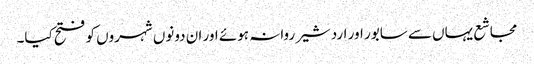
مجاشع یہاں سے سابور اور اردشیر روانہ ہوئے اور ان دونوں شہروں کو فتح کیا۔